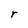
Character: r